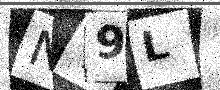
Text: NY9L